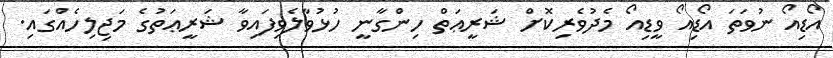
އޯޑިއޯ ނުވަތަ އޯޑިއޯ ވީޑިއޯ މެދުވެރިކޮށް ޝަރީޢަތް ހިންގާނީ ހުޅުވާލެވިފައިވާ ޝަރީޢަތުގެ މަޖިލިހެއްގައި.